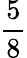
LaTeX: \frac{5}{8}